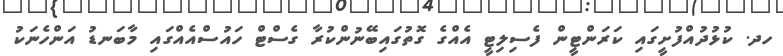
ހދ. ކުޅުދުއްފުށީގައި ކަރަންޓީން ފެސިލިޓީ އެއްގެ ގޮތުގައިބޭނުންކުރާ ގެސްޓް ހައުސްއެއްގައި މާބަނޑު އަންހެނަކު